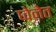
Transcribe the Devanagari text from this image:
प्वेनेत